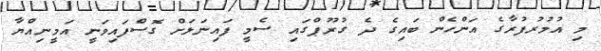
މި އުމުރުފުރާގެ އަންހެން ބައިގެ ދެ ގުރޫޕްގައި ސެމީ ފައިނަލަށް ގޮސްފައިވަނީ އަމީނިއްޔާ